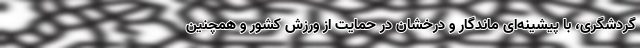
گردشگری، با پیشینه‌ای ماندگار و درخشان در حمایت از ورزش کشور و همچنین